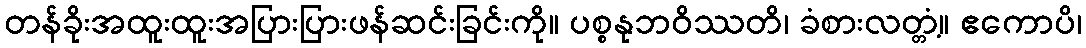
တန်ခိုးအထူးထူးအပြားပြားဖန်ဆင်းခြင်းကို။ ပစ္စနုဘဝိဿတိ၊ ခံစားလတ္တံ့။ ဧကောပိ၊